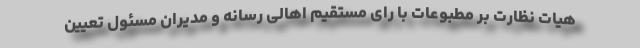
هیات نظارت بر مطبوعات با رای مستقیم اهالی رسانه و مدیران مسئول تعیین